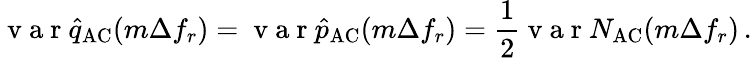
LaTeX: \mathrm{~v~a~r~}\hat{q}_{\mathrm{AC}}(m\Delta f_{r})=\mathrm{~v~a~r~}\hat{p}_{\mathrm{AC}}(m\Delta f_{r})=\frac{1}{2}\mathrm{~v~a~r~}N_{\mathrm{AC}}(m\Delta f_{r})\, .